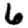
Digit: 6